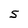
Character: S